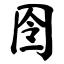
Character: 囹